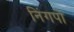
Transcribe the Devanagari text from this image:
निंगपो